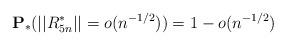
LaTeX: \begin{align*}\mathbf{P_*}(||R^*_{5n}||=o(n^{-1/2})) = 1-o(n^{-1/2})\end{align*}